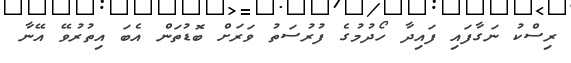
ރިސްކު ނަގާފައި ފައިދާ ހޯދުމުގެ ފުރުސަތު ވަރަށް ބޮޑުތަން އެބަ އިތުރުވޭ އޭނާ